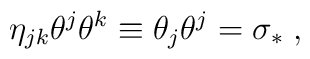
\eta_{jk}\theta^j \theta^k \equiv \theta_j \theta^j=\sigma_{\ast} \; ,